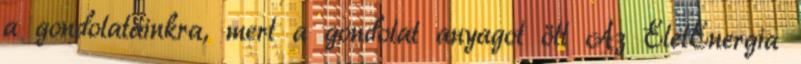
a gondolatainkra, mert a gondolat anyagot ölt Az ÉletEnergia